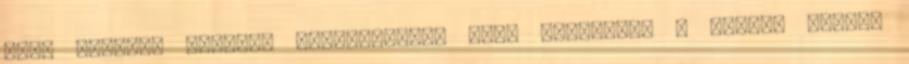
idős emberek cipelik csomagjaikat majd elsodorva a lefelé rohanó